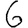
Digit: 6